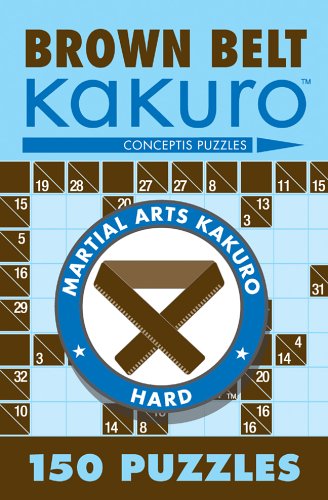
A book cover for Brown Belt Kakuro: 150 Puzzles (Martial Arts Puzzles); Conceptis Puzzles; Humor & Entertainment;